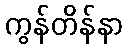
ကွန်တိန်နာ